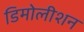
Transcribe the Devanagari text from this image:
डिमोलीशन